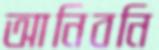
আনিবনি